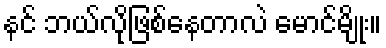
နင် ဘယ်လိုဖြစ်နေတာလဲ မောင်မျိုး။